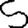
Digit: 5